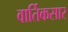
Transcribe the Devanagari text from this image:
वार्तिकसार